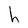
Character: h